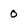
Character: 0